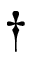
\dagger